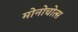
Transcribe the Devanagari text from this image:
मोनोचोत्स